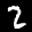
Label: 2